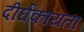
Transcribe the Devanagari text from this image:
दीर्घकायता